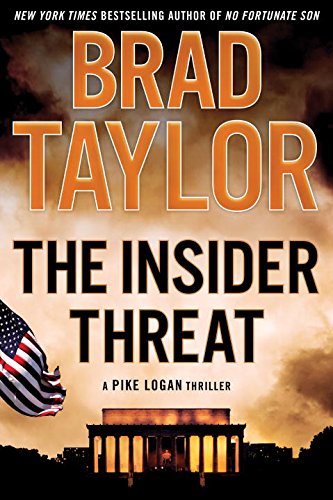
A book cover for The Insider Threat: A Pike Logan Thriller; Brad Taylor; Mystery, Thriller & Suspense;